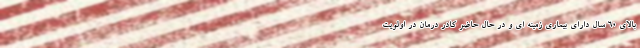
بالای ۶۰ سال دارای بیماری زمینه ای و در حال حاضر کادر درمان در اولویت